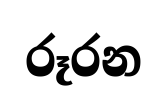
රූරන